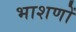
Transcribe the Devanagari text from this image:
भाशणों